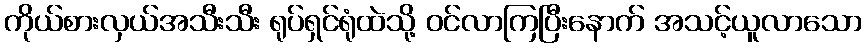
ကိုယ်စားလှယ်အသီးသီး ရုပ်ရှင်ရုံထဲသို့ ဝင်လာကြပြီးနောက် အသင့်ယူလာသော